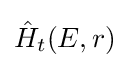
{\hat {H}}_{t}(E,r)